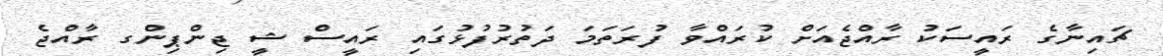
ޗައިނާގެ ރައީސަކު ރާއްޖެއަށް ކުރައްވާ ފުރަތަމަ ދަތުރުފުޅުގައި ރައީސް ޝީ ޖިންޕިންގ ރާއްޖެ